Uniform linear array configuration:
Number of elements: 24
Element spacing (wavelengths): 1
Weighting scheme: hamming
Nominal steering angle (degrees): -60
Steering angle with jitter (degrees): -61.298
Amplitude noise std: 0.05
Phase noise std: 0.05

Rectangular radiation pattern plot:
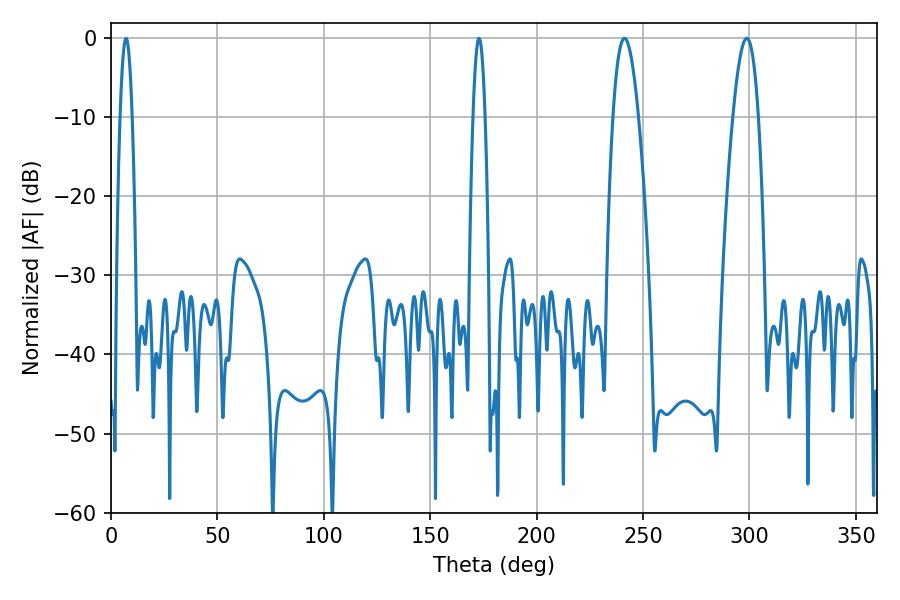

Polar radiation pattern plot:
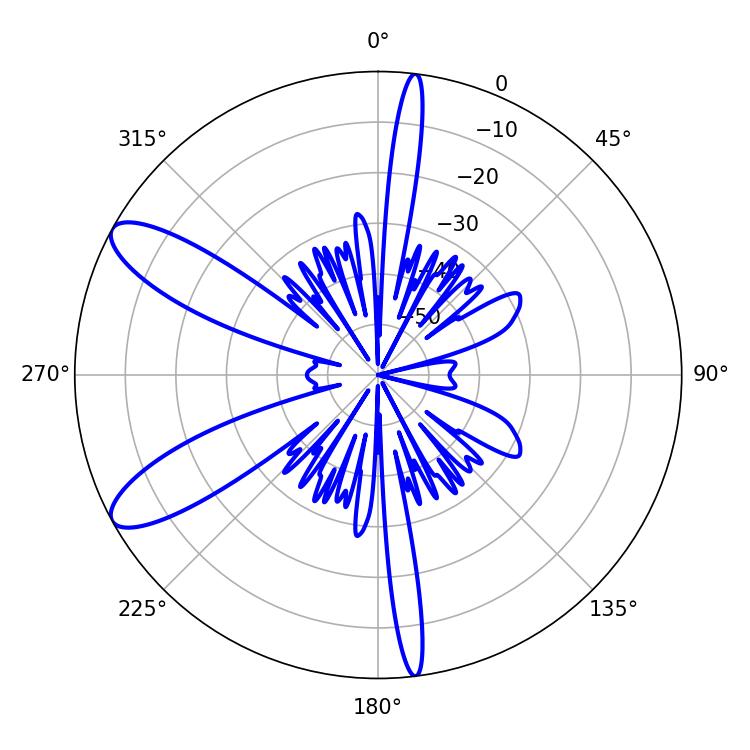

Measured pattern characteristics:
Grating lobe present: TRUE
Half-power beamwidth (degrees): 6.66
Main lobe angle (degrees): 241.2